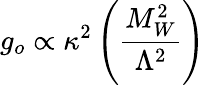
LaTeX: g_{o}\propto\kappa^{2}\left({\frac{M_{W}^{2}}{\Lambda^{2}}}\right)